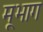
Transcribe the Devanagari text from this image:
मूभाग